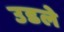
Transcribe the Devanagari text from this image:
उडले